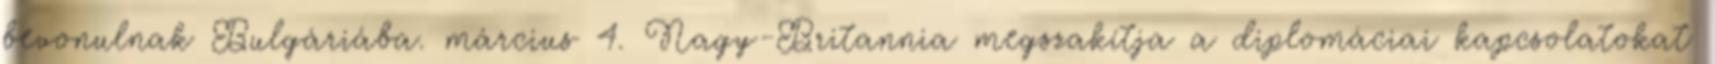
bevonulnak Bulgáriába. március 4. Nagy-Britannia megszakítja a diplomáciai kapcsolatokat